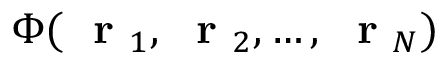
\Phi ( \mathrm { ~ \bf ~ r ~ } _ { 1 } , \mathrm { ~ \bf ~ r ~ } _ { 2 } , \dots , \mathrm { ~ \bf ~ r ~ } _ { N } )